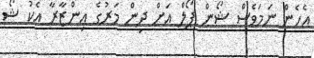
އެހެން ނަމަވެސް ޝޯން ޕޯލް އަށް ދިން މަރުގެ އިންޒާރާ އެކު ޝޯ